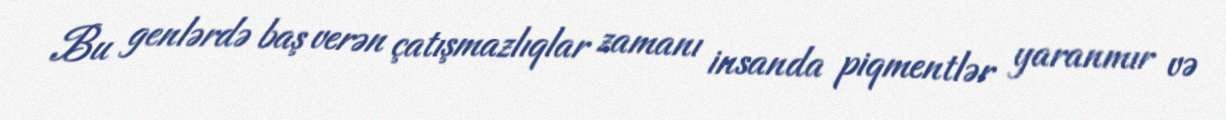
Bu genlərdə baş verən çatışmazlıqlar zamanı insanda piqmentlər yaranmır və